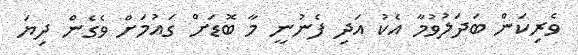
ވެރިކަން ބަދަލުވުމާ އެކު އަދި ފެނުނީ މާ ބޮޑަށް ގައުމަށް ވެގެން ދިޔަ